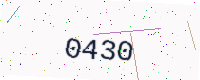
Text: 0430